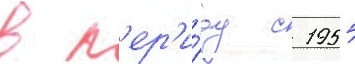
в п'ер'и́од с 1955